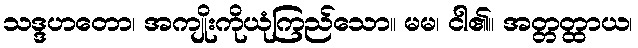
သဒ္ဒဟတော၊ အကျိုးကိုယုံကြည်သော။ မမ၊ ငါ၏။ အတ္တတ္ထာယ၊